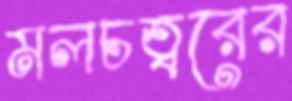
মলচত্বরের